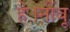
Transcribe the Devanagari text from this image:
है।नींबू